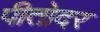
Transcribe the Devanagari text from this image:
पीतोदर